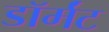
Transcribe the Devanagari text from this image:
डॉर्मंट